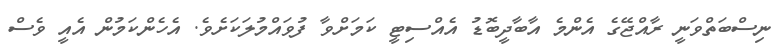
ނިސްބަތްވަނީ ރާއްޖޭގެ އެންމެ އާބާދީބޮޑު އެއްސިޓީ ކަމަށްވާ ފުވައްމުލަކަށެވެ. އެހެންކަމުން އެއީ ވެސް